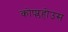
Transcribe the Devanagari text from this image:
कोप्प्लहोउस